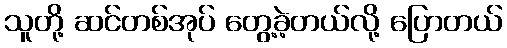
သူတို့ ဆင်တစ်အုပ် တွေ့ခဲ့တယ်လို့ ပြောတယ်